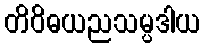
တိဝိဓယညသမ္ပဒါယ